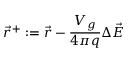
\displaystyle { \vec { r } ^ { + } : = \vec { r } - \frac { V _ { g } } { 4 \pi q } \Delta \vec { E } }